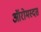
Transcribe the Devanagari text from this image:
ऑरोमस्दस